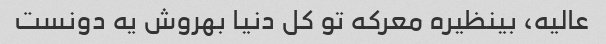
عالیه، بینظیره معرکه تو کل دنیا بهروش یه دونست